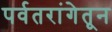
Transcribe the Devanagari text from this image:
पर्वतरांगेतून